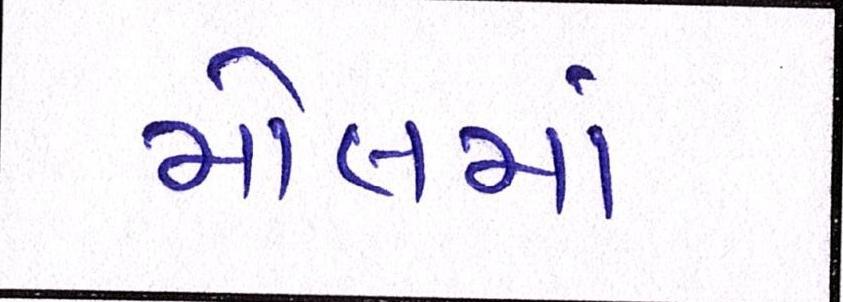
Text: મોલમાં